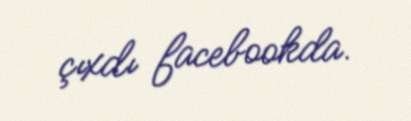
çıxdı facebookda.